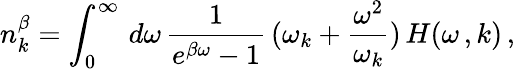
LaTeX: n_{k}^{\beta}=\int_{0}^{\infty}\, d\omega\, \frac{1}{e^{\beta\omega}-1}\, (\omega_{k}+\frac{\omega^{2}}{\omega_{k}})\, H(\omega\, ,k)\, ,